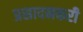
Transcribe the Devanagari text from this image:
प्रसादनकरी